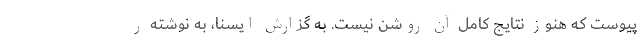
پیوست که هنوز نتایج کامل آن روشن نیست. به گزارش ایسنا، به نوشته ر